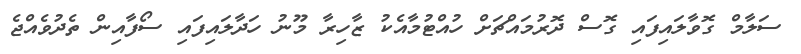
ސަލާމް ގޮވާލައިފައި ގޮސް ދޮރުމައްޗަށް ހުއްޓުމާއެކު ޒާހިރާ މޫނު ހަދާލައިފައި ސޯފާއިން ތެދުވެއްޖެ